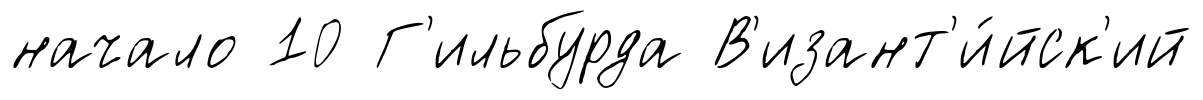
начало 10 Г'ильбурда В'изант'и́йск'ий